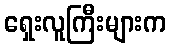
ရှေးလူကြီးများက